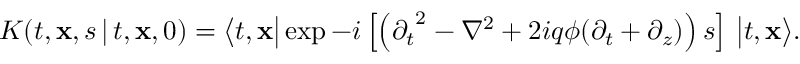
K ( t , { \bf x } , s \, \vert \, t , { \bf x } , 0 ) = \big \langle t , { \bf x } \big \vert \exp - i \left[ \left( { \partial _ { t } } ^ { 2 } - { \nabla } ^ { 2 } + 2 i q \phi ( \partial _ { t } + \partial _ { z } ) \right) s \right] \, \big \vert t , { \bf x } \big \rangle .